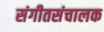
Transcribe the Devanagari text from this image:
संगीतसंचालक